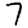
Digit: 7